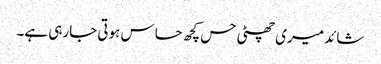
شائد میری چھٹی حس کچھ حساس ہوتی جارہی ہے۔